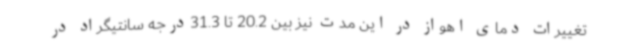
تغییرات دمای اهواز در این مدت نیز بین 20.2 تا 31.3درجه سانتیگراد در